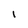
Character: l